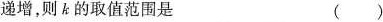
递增，则k的取值范围是 ()